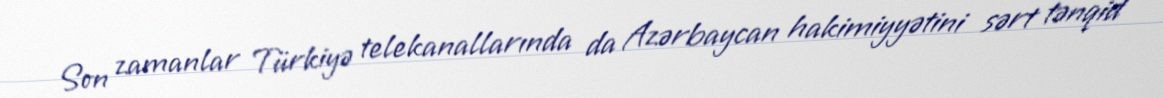
Son zamanlar Türkiyə telekanallarında da Azərbaycan hakimiyyətini sərt tənqid